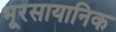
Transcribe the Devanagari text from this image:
भूरसायानिक